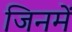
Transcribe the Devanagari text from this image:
जिनमें